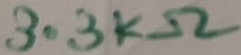
Text: 3.3KΩ